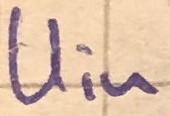
Text: Uin